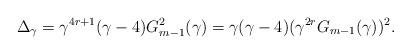
LaTeX: \begin{align*}\Delta_\gamma=\gamma^{4r+1}(\gamma-4)G_{m-1}^2(\gamma)=\gamma(\gamma-4)(\gamma^{2r}G_{m-1}(\gamma))^2.\end{align*}